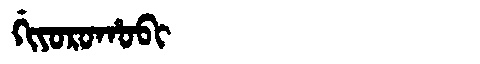
Manchu: ᡤᡳᠶᠣᡵᠣᡥᠣᠪᡳ
Romanization: GIYOROHOBI